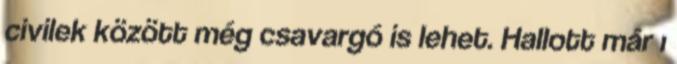
civilek között még csavargó is lehet. Hallott már ı